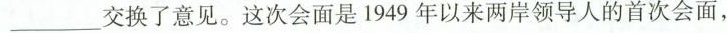
___交换了意见。这次会面是1949年以来两岸领导人的首次会面，